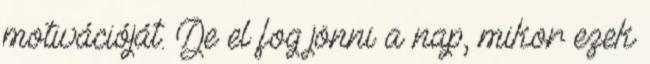
motivációját. De el fog jönni a nap, mikor ezek